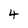
Character: 4